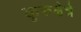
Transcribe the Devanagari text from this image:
कुरुक्षेत्रे